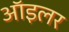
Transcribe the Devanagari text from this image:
ऑइलर